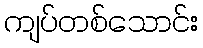
ကျပ်တစ်သောင်း